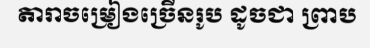
តារាចម្រៀងច្រើនរូប ដូចជា ព្រាប